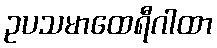
ဥပသမာထေရီဂါထာ